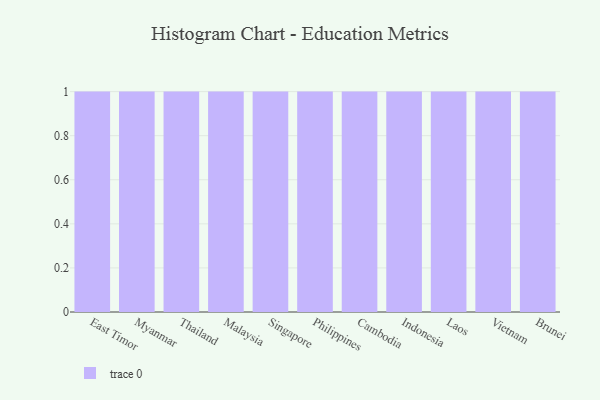
{"axis": {"x": "Country", "y": "Net Income (USD K)"}, "legend": [""], "data": [{"x": "East Timor", "y": 66, "type": ""}, {"x": "Myanmar", "y": 29, "type": ""}, {"x": "Thailand", "y": 93, "type": ""}, {"x": "Malaysia", "y": 29, "type": ""}, {"x": "Singapore", "y": 81, "type": ""}, {"x": "Philippines", "y": 75, "type": ""}, {"x": "Cambodia", "y": 68, "type": ""}, {"x": "Indonesia", "y": 38, "type": ""}, {"x": "Laos", "y": 39, "type": ""}, {"x": "Vietnam", "y": 47, "type": ""}, {"x": "Brunei", "y": 71, "type": ""}]}